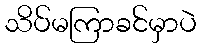
သိပ်မကြာခင်မှာပဲ